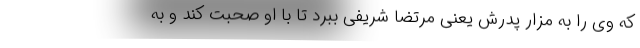
که وی را به مزار پدرش یعنی مرتضا شریفی ببرد تا با او صحبت کند و به